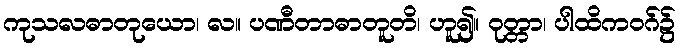
ကုသလဓာတုယော၊ လ။ ပဏီတာဓာတူတိ၊ ဟူ၍။ ဝုတ္တာ၊ ပါထိကဝဂ်၌